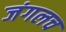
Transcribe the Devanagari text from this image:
जंगलच